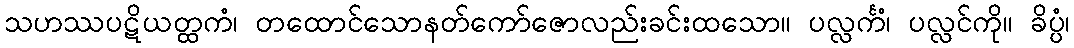
သဟဿပဋိယတ္ထကံ၊ တထောင်သောနတ်ကော်ဇောလည်းခင်းထသော။ ပလ္လင်္ကံ၊ ပလ္လင်ကို။ ခိပ္ပံ၊